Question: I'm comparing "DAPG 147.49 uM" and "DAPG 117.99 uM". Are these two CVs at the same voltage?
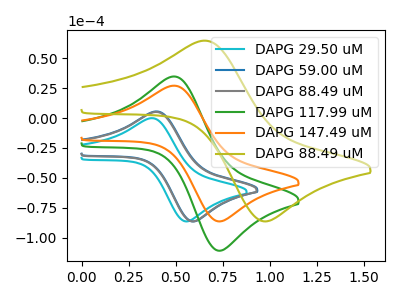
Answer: <think>The cyan curve "DAPG 29.50 uM" has an anodic peak at (0.35V, -0.10uA) and a cathodic peak at (0.55V, -86.35uA). The blue curve "DAPG 59.00 uM" has an anodic peak at (0.40V, 5.50uA) and a cathodic peak at (0.60V, -86.35uA). The gray curve "DAPG 88.49 uM" has an anodic peak at (0.40V, 5.10uA) and a cathodic peak at (0.60V, -86.35uA). The green curve "DAPG 117.99 uM" has an anodic peak at (0.50V, 34.70uA) and a cathodic peak at (0.75V, -110.85uA). The orange curve "DAPG 147.49 uM" has an anodic peak at (0.50V, 27.05uA) and a cathodic peak at (0.75V, -86.35uA). The olive curve "DAPG 88.49 uM" has an anodic peak at (0.65V, 64.65uA) and a cathodic peak at (1.00V, -86.35uA).
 All the peaks in "DAPG 147.49 uM" have a peak in "DAPG 117.99 uM" at the same potential. Every peak in "DAPG 147.49 uM" is lower than every peak in "DAPG 117.99 uM".</think>
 <answer>"DAPG 147.49 uM" and "DAPG 117.99 uM" are similar in shape.</answer>
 <eval>same_shape</eval>